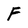
Character: F